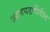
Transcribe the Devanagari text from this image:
जडणघडणीतील